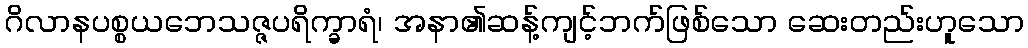
ဂိလာနပစ္စယဘေသဇ္ဇပရိက္ခာရံ၊ အနာ၏ဆန့်ကျင့်ဘက်ဖြစ်သော ဆေးတည်းဟူသော